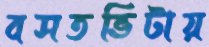
বসতভিটায়